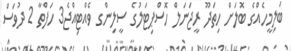
ބަލިމީހެއްގެ ބޮލަށް ހިތަދޫ ރީޖަނަލް ހޮސްޕިޓަލުގެ ސީލިންގ ވެއްޓިއްޖެ3 ހަފްތާ 2 ދުވަސް